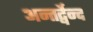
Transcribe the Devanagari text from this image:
अन्तर्द्वेन्द